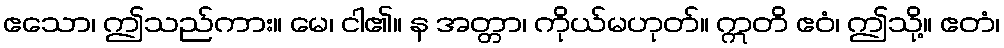
ဧသော၊ ဤသည်ကား။ မေ၊ ငါ၏။ န အတ္တာ၊ ကိုယ်မဟုတ်။ ဣတိ ဧဝံ၊ ဤသို့။ ဧတံ၊